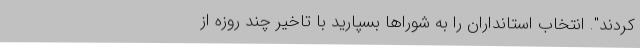
کردند". انتخاب استانداران را به شوراها بسپارید با تاخیر چند روزه از